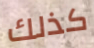
كذلك